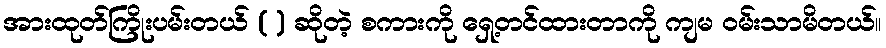
အားထုတ်ကြိုးပမ်းတယ် ( ) ဆိုတဲ့ စကားကို ရှေ့တင်ထားတာကို ကျမ ဝမ်းသာမိတယ်။